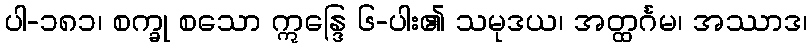
ပါ-၁၈၁၊ စက္ခု စသော ဣန္ဒြေ ၆-ပါး၏ သမုဒယ၊ အတ္ထင်္ဂမ၊ အဿာဒ၊